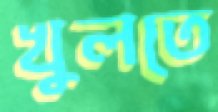
খুলতে